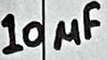
Text: 10µF